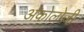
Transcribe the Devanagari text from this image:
अंकोलोजी